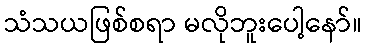
သံသယဖြစ်စရာ မလိုဘူးပေါ့နော်။